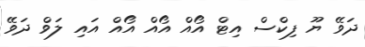
ދަވޭ ޔޫ ފިކްސް އިޓް އޯއް އޯއް އޯއް އައި ލަވް ދަވޭ